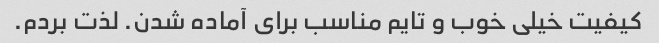
کیفیت خیلی خوب و تایم مناسب برای آماده شدن. لذت بردم.